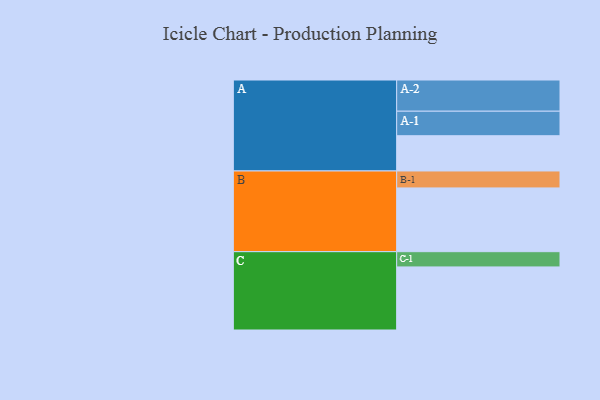
{"axis": {"x": "Segment", "y": "Value"}, "legend": ["", "A", "B", "C"], "data": [{"x": "A", "y": 312, "type": ""}, {"x": "B", "y": 564, "type": ""}, {"x": "C", "y": 558, "type": ""}, {"x": "A-1", "y": 217, "type": "A"}, {"x": "A-2", "y": 276, "type": "A"}, {"x": "B-1", "y": 150, "type": "B"}, {"x": "C-1", "y": 135, "type": "C"}]}